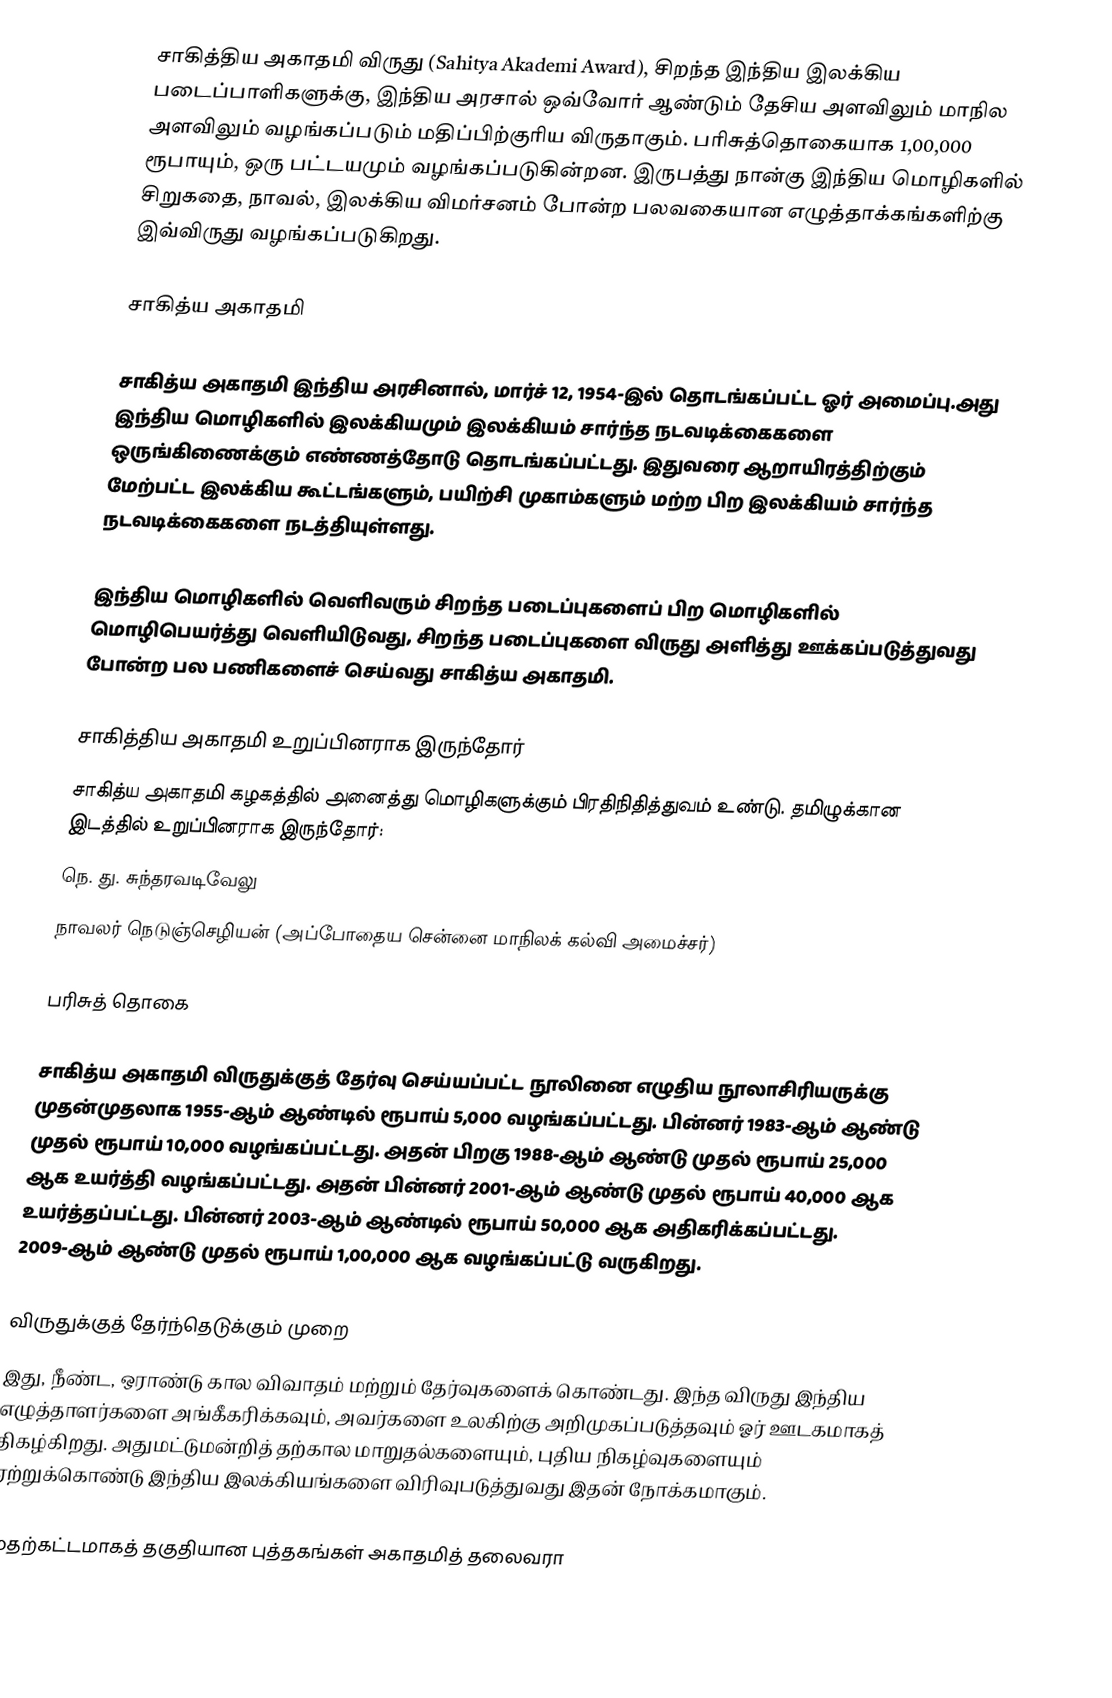
சாகித்திய அகாதமி விருது (Sahitya Akademi Award), சிறந்த இந்திய இலக்கிய படைப்பாளிகளுக்கு, இந்திய அரசால் ஒவ்வோர் ஆண்டும் தேசிய அளவிலும் மாநில அளவிலும் வழங்கப்படும் மதிப்பிற்குரிய விருதாகும். பரிசுத்தொகையாக 1,00,000 ரூபாயும், ஒரு பட்டயமும் வழங்கப்படுகின்றன.  இருபத்து நான்கு இந்திய மொழிகளில் சிறுகதை, நாவல், இலக்கிய விமர்சனம் போன்ற பலவகையான எழுத்தாக்கங்களிற்கு இவ்விருது வழங்கப்படுகிறது.

சாகித்ய அகாதமி

சாகித்ய அகாதமி இந்திய அரசினால், மார்ச் 12, 1954-இல் தொடங்கப்பட்ட ஓர் அமைப்பு.அது இந்திய மொழிகளில் இலக்கியமும் இலக்கியம் சார்ந்த நடவடிக்கைகளை ஒருங்கிணைக்கும் எண்ணத்தோடு தொடங்கப்பட்டது. இதுவரை ஆறாயிரத்திற்கும் மேற்பட்ட இலக்கிய கூட்டங்களும், பயிற்சி முகாம்களும் மற்ற பிற இலக்கியம் சார்ந்த நடவடிக்கைகளை நடத்தியுள்ளது.

இந்திய மொழிகளில் வெளிவரும் சிறந்த படைப்புகளைப் பிற மொழிகளில் மொழிபெயர்த்து வெளியிடுவது, சிறந்த படைப்புகளை விருது அளித்து ஊக்கப்படுத்துவது போன்ற பல பணிகளைச் செய்வது சாகித்ய அகாதமி.

சாகித்திய அகாதமி உறுப்பினராக இருந்தோர்
சாகித்ய அகாதமி கழகத்தில் அனைத்து மொழிகளுக்கும் பிரதிநிதித்துவம் உண்டு. தமிழுக்கான இடத்தில் உறுப்பினராக இருந்தோர்:
 நெ. து. சுந்தரவடிவேலு
 நாவலர் நெடுஞ்செழியன் (அப்போதைய சென்னை மாநிலக் கல்வி அமைச்சர்)

பரிசுத் தொகை

சாகித்ய அகாதமி விருதுக்குத் தேர்வு செய்யப்பட்ட நூலினை எழுதிய நூலாசிரியருக்கு முதன்முதலாக 1955-ஆம் ஆண்டில் ரூபாய் 5,000 வழங்கப்பட்டது. பின்னர் 1983-ஆம் ஆண்டு முதல் ரூபாய் 10,000 வழங்கப்பட்டது. அதன் பிறகு 1988-ஆம் ஆண்டு முதல் ரூபாய் 25,000 ஆக உயர்த்தி வழங்கப்பட்டது. அதன் பின்னர் 2001-ஆம் ஆண்டு முதல் ரூபாய் 40,000 ஆக உயர்த்தப்பட்டது. பின்னர் 2003-ஆம் ஆண்டில் ரூபாய் 50,000 ஆக அதிகரிக்கப்பட்டது. 2009-ஆம் ஆண்டு முதல் ரூபாய் 1,00,000 ஆக வழங்கப்பட்டு வருகிறது.

விருதுக்குத் தேர்ந்தெடுக்கும் முறை
இது, நீண்ட, ஒராண்டு கால விவாதம் மற்றும் தேர்வுகளைக் கொண்டது. இந்த விருது இந்திய எழுத்தாளர்களை அங்கீகரிக்கவும், அவர்களை உலகிற்கு அறிமுகப்படுத்தவும் ஓர் ஊடகமாகத் திகழ்கிறது. அதுமட்டுமன்றித் தற்கால மாறுதல்களையும், புதிய நிகழ்வுகளையும் ஏற்றுக்கொண்டு இந்திய இலக்கியங்களை விரிவுபடுத்துவது இதன் நோக்கமாகும்.

முதற்கட்டமாகத் தகுதியான புத்தகங்கள் அகாதமித் தலைவரா